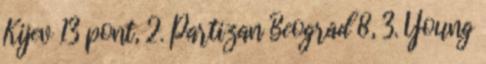
Kijev 13 pont, 2. Partizan Beograd 8, 3. Young